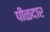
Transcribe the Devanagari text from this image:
पीळदार